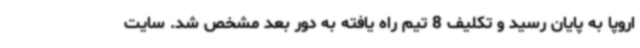
اروپا به پایان رسید و تکلیف 8 تیم راه یافته به دور بعد مشخص شد. سایت